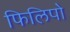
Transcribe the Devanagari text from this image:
फिलिपो